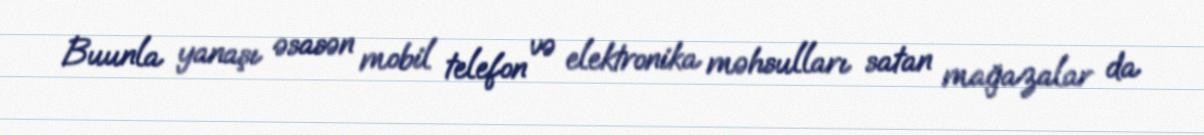
Buunla yanaşı əsasən mobil telefon və elektronika məhsulları satan mağazalar da